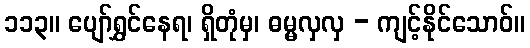
၁၁၃။ ပျော်ရွှင်နေရ၊ ရှိတုံမှ၊ ဓမ္မလှလှ - ကျင့်နိုင်သောဝ်။